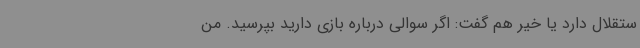
ستقلال دارد یا خیر هم گفت: اگر سوالی درباره بازی دارید بپرسید. من